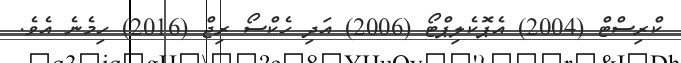
ކްރިސްޓް (2004) އެޕޮކެލިޕްޓޯ (2006) އަދި ހެކްސޯ ރިޖް (2016) ހިމެނެ އެވެ.